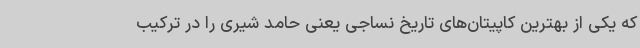
که یکی از بهترین کاپیتان‌های تاریخ نساجی یعنی حامد شیری را در ترکیب